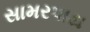
સામરપાડા